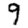
Digit: 9